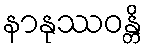
နာနုဿဝန္တိ